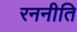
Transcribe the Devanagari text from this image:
रननीति